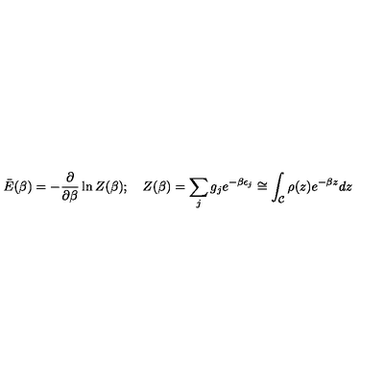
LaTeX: \bar { E } ( \beta ) = - { \frac { \partial } { \partial \beta } } \ln Z ( \beta ) ; \quad Z ( \beta ) = \sum _ { j } g _ { j } e ^ { - \beta \epsilon _ { j } } \cong \int _ { \cal C } \rho ( z ) e ^ { - \beta z } d z